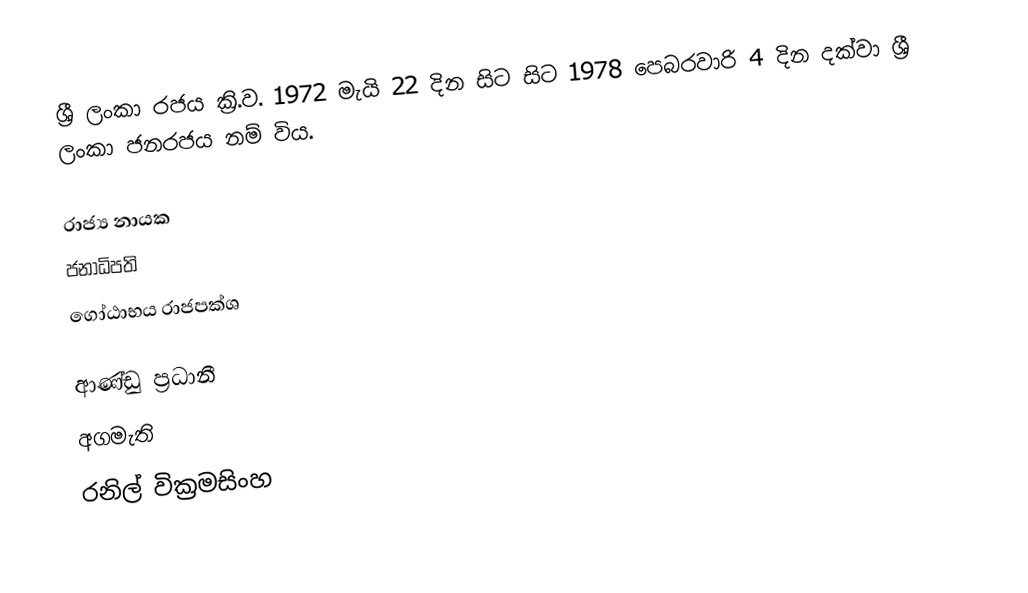
ශ්‍රී ලංකා රජය ක්‍රි.ව. 1972 මැයි 22 දින සිට සිට 1978 පෙබරවාරි 4 දින දක්වා  ශ්‍රී ලංකා ජනරජය නම් විය.

රාජ්‍ය නායක
ජනාධිපති
ගෝඨාභය රාජපක්ශ

ආණ්ඩු ප්‍රධානී
අගමැති
රනිල් වික්‍රමසිංහ